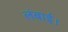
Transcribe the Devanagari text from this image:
लंबाई।